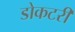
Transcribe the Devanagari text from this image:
डोकटरी